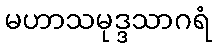
မဟာသမုဒ္ဒသာဂရံ